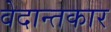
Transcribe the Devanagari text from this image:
वेदान्तकार